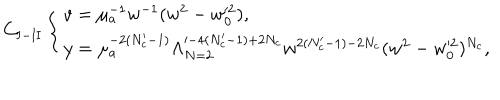
LaTeX: C _ { \mathrm { I - I I } } \left\{ \begin{array} { l } { { v = \mu _ { a } ^ { - 1 } w ^ { - 1 } ( w ^ { 2 } - w _ { 0 } ^ { \prime 2 } ) , } } \\ { { y = \mu _ { a } ^ { - 2 ( N _ { c } ^ { \prime } - 1 ) } \Lambda _ { N = 2 } ^ { \prime - 4 ( N _ { c } ^ { \prime } - 1 ) + 2 N _ { c } } w ^ { 2 ( N _ { c } ^ { \prime } - 1 ) - 2 N _ { c } } ( w ^ { 2 } - w _ { 0 } ^ { \prime 2 } ) ^ { N _ { c } } , } } \\ \end{array} \right.